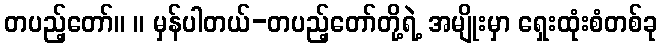
တပည့်တော်။ ။ မှန်ပါတယ်-တပည့်တော်တို့ရဲ့ အမျိုးမှာ ရှေးထုံးစံတစ်ခု